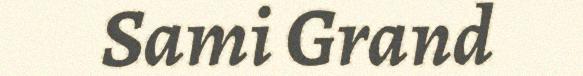
Sami Grand